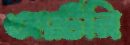
অ্যার্টনি